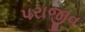
પરાજીવ